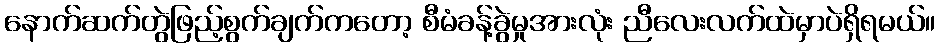
နောက်ဆက်တွဲဖြည့်စွက်ချက်ကတော့ စီမံခန့်ခွဲမှုအားလုံး ညီလေးလက်ထဲမှာပဲရှိရမယ်။